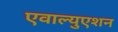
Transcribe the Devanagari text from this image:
एवाल्युएशन